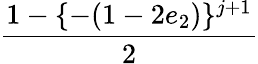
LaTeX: \displaystyle\frac{1-\{ -(1-2e_{2})\} ^{j+1}}{2}